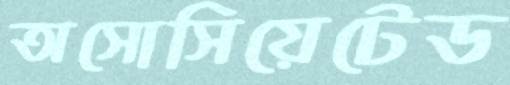
অসোসিয়েটেড